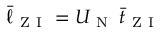
\Bar { \ell } _ { \mathrm { ~ Z ~ I ~ } } = U _ { \mathrm { ~ N ~ } } \, \Bar { t } _ { \mathrm { ~ Z ~ I ~ } }